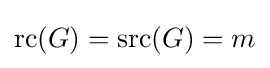
{\text{rc}}(G)={\text{src}}(G)=m